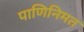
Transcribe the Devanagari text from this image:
पाणिनिमत